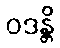
ဝဒန္တိ